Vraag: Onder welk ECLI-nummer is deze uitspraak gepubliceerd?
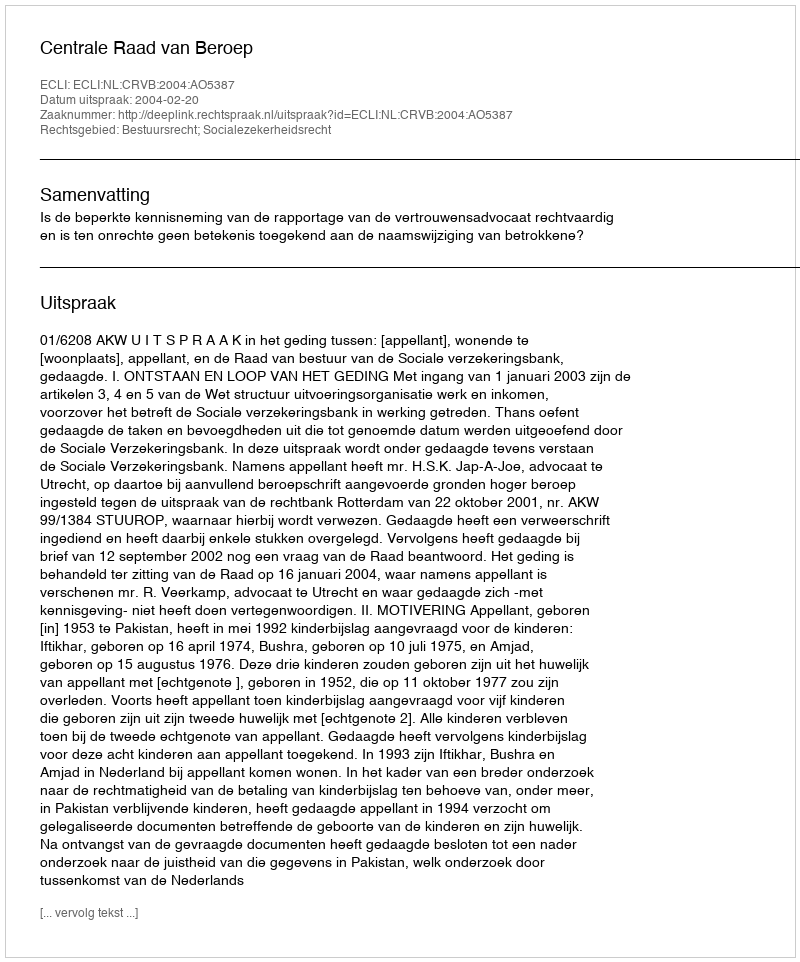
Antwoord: ECLI:NL:CRVB:2004:AO5387